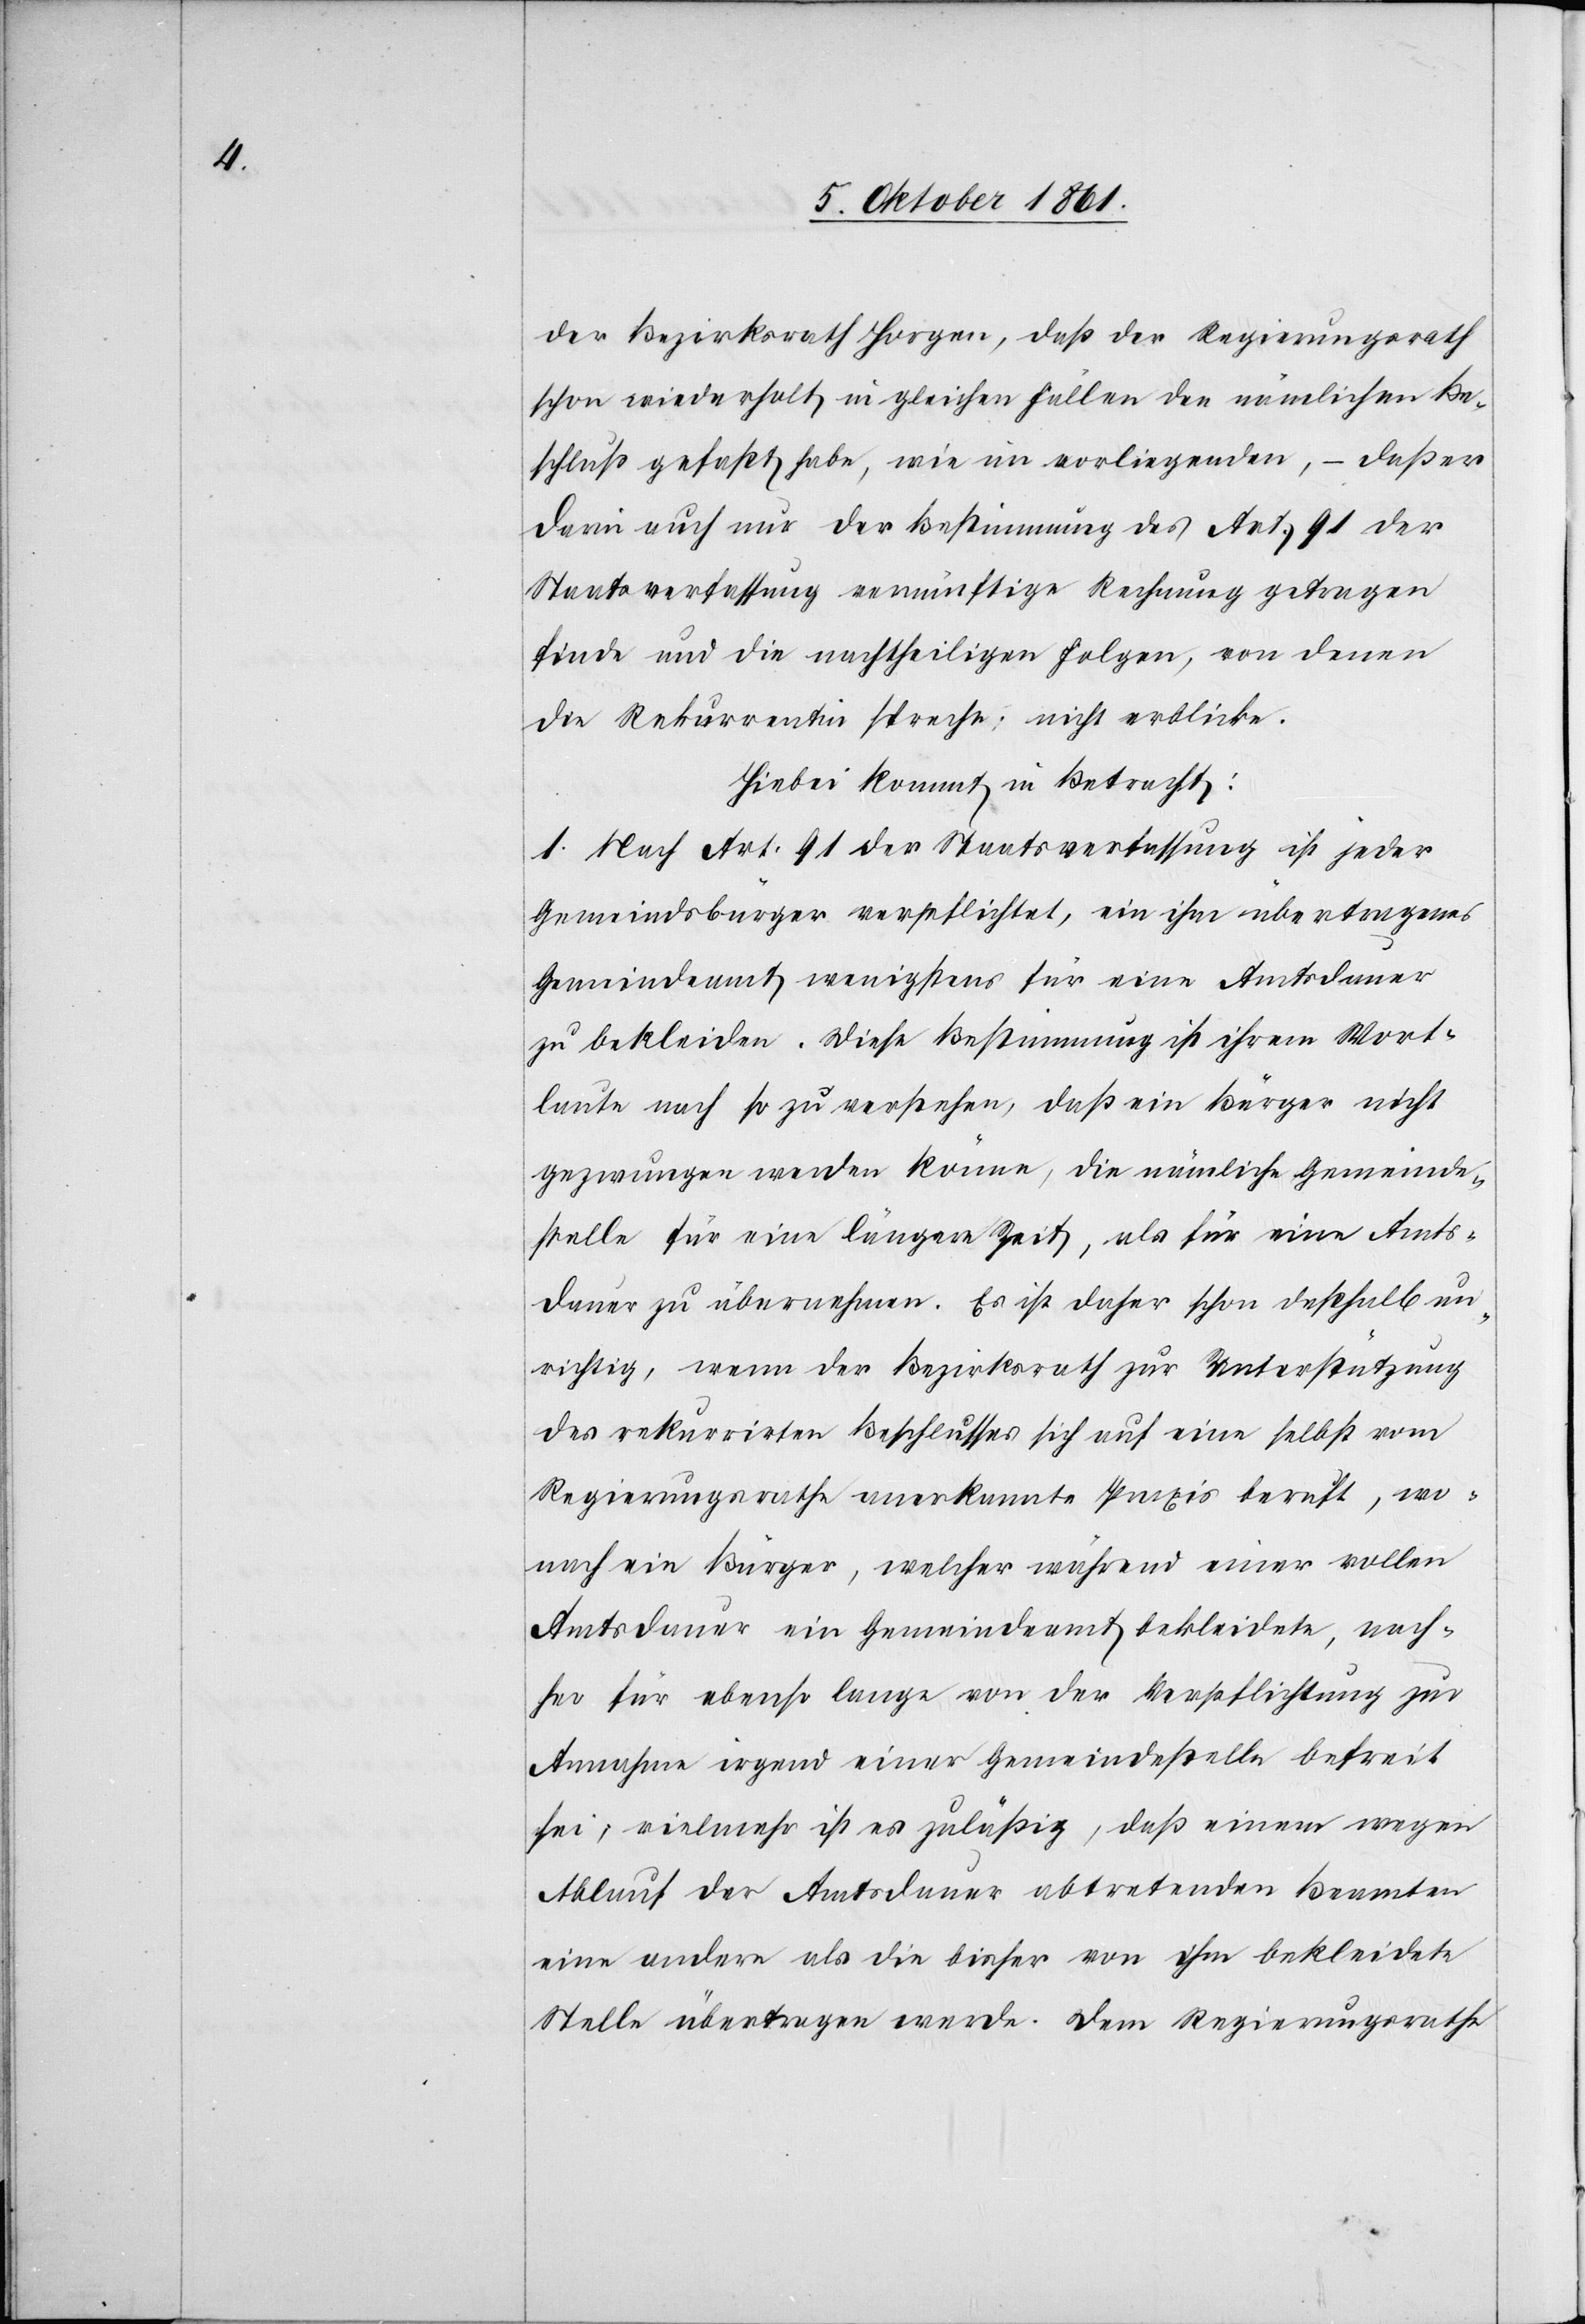
der Bezirksrath Horgen, daß der Regierungsrath
schon wiederholt in gleichen Fällen den nämlichen Be¬
schluß gefaßt habe, wie im vorliegenden, – daß er
dann auch nur der Bestimmung des Art. 91 der
Staatsverfassung vernünftige Rechnung getragen
finde und die nachtheiligen Folgen, von denen
die Rekurrentin spreche, nicht erblicke.
Hiebei kommt in Betracht:
1. Nach Art. 91 der Staatsverfassung ist jeder
Gemeindsbürger verpflichtet, ein ihm übertragenes
Gemeindamt wenigstens für eine Amtsdauer
zu bekleiden. Diese Bestimmung ist ihrem Wort¬
laute nach so zu verstehen, daß ein Bürger nicht
gezwungen werden könne, die nämliche Gemeinde¬
stelle für eine längere Zeit, als für eine Amts¬
dauer zu übernehmen. Es ist daher schon deßhalb un¬
richtig, wenn der Bezirksrath zur Unterstützung
des rekurrirten Beschlusses sich auf eine selbst vom
Regierungsrathe anerkannte Praxis beruft, wo¬
nach ein Bürger, welcher während einer vollen
Amtsdauer ein Gemeindeamt bekleidete, nach¬
her für ebenso lange von der Verpflichtung zur
Annahme irgend einer Gemeindestelle befreit
sei, vielmehr ist es zuläßig, daß einem wegen
Ablauf der Amtsdauer abtretenden Beamten
eine andere als die bisher von ihm bekleidete
Stelle übertragen werde. Dem Regierungsrathe